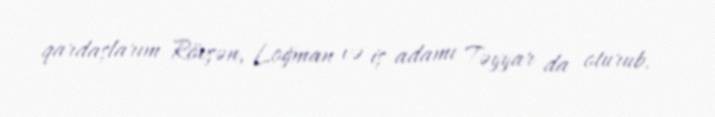
qardaşlarım Rövşən, Loğman və iş adamı Təyyar da oturub.